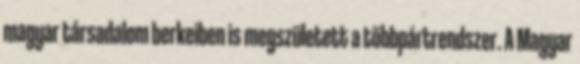
magyar társadalom berkeiben is megszületett a többpártrendszer. A Magyar